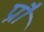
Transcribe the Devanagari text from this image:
प्रौ